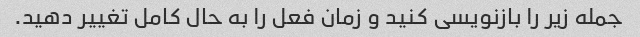
جمله زیر را بازنویسی کنید و زمان فعل را به حال کامل تغییر دهید.